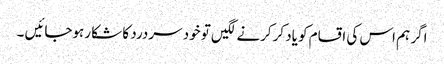
اگر ہم اس کی اقسام کو یاد کرکرنے لگیں تو خود سردرد کا شکا رہوجائیں ۔